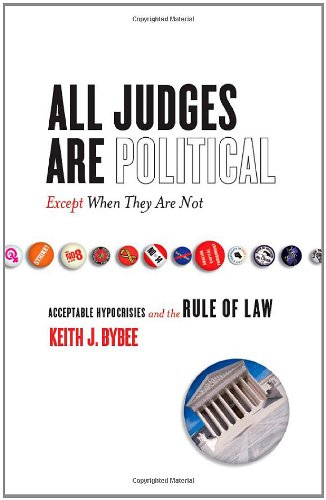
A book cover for All Judges Are PoliticalEEExcept When They Are Not: Acceptable Hypocrisies and the Rule of Law (The Cultural Lives of Law); Keith Bybee; Law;